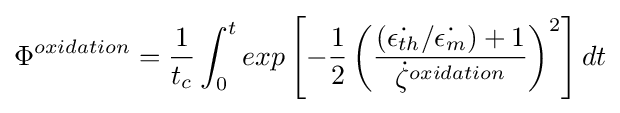
\Phi ^{oxidation}={\frac {1}{t_{c}}}\int _{0}^{t}exp\left[-{\frac {1}{2}}\left({\frac {({\dot {\epsilon _{th}}}/{\dot {\epsilon _{m}}})+1}{{\dot {\zeta }}^{oxidation}}}\right)^{2}\right]dt